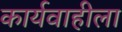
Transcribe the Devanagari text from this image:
कार्यवाहीला